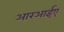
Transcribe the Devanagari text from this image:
आरआईए